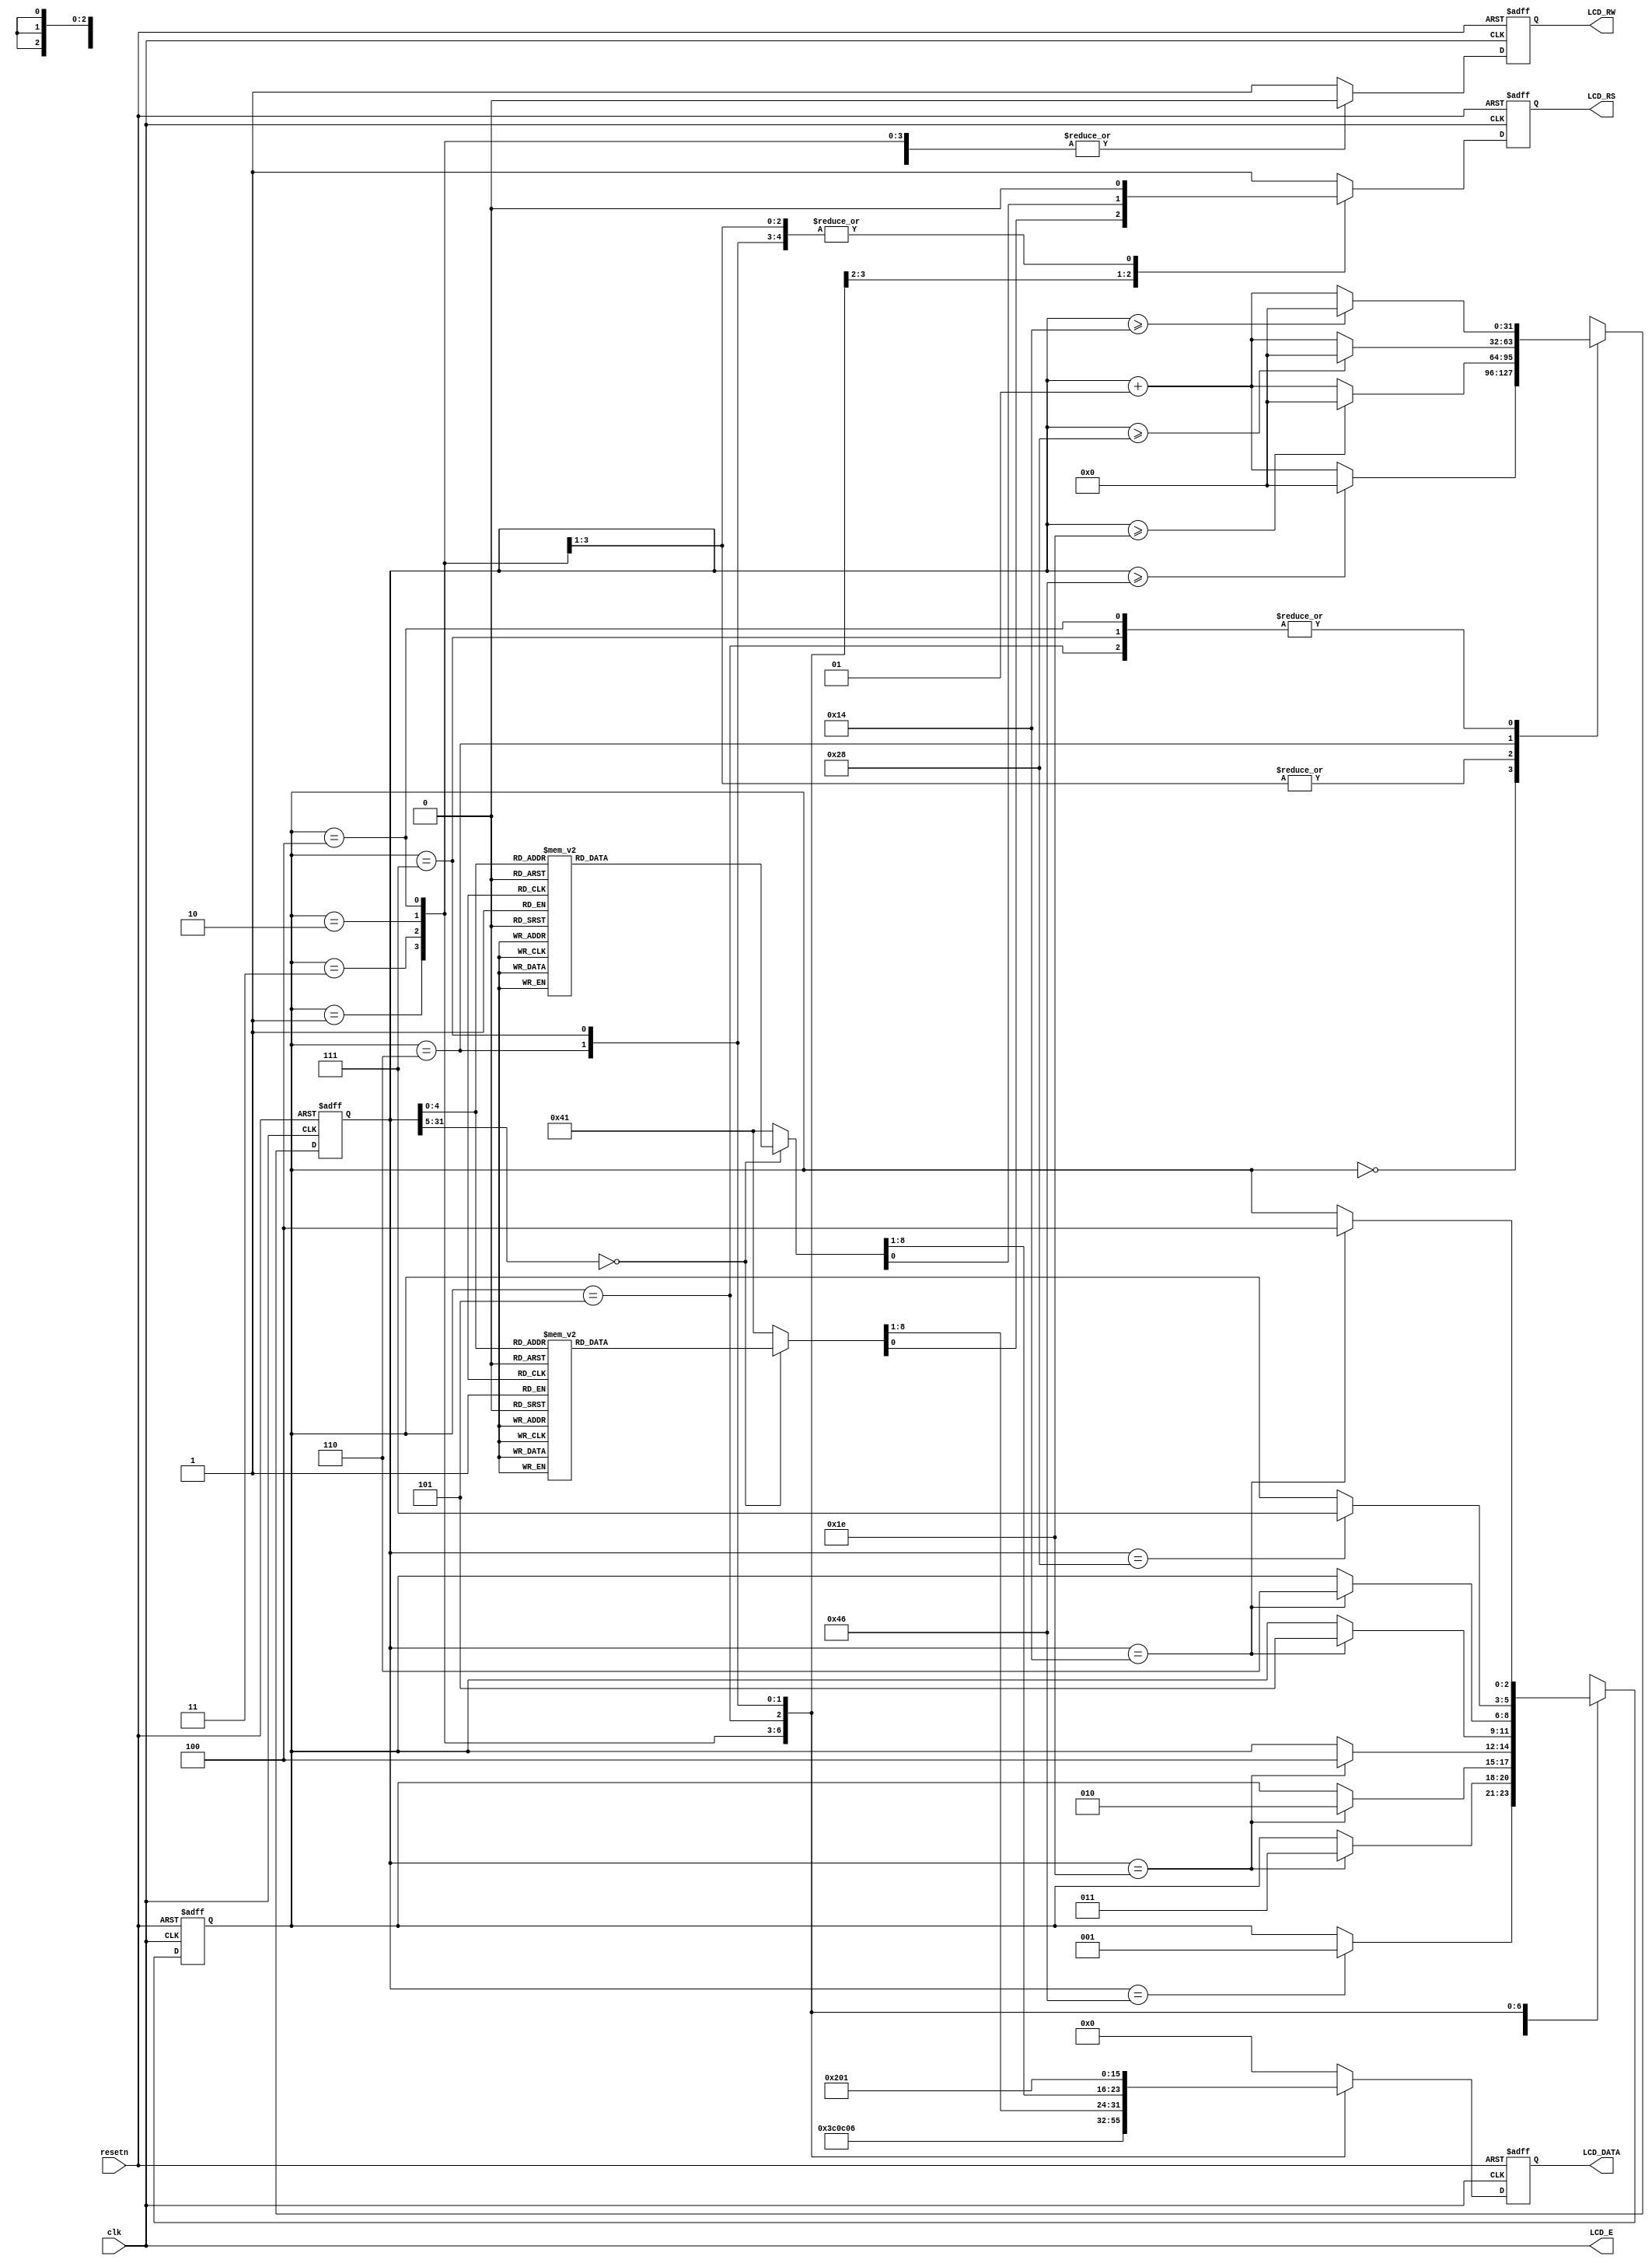
module textlcd2(resetn,clk,LCD_E,LCD_RS,LCD_RW,LCD_DATA);
//Rotating..
input resetn,clk;
output LCD_E,LCD_RS,LCD_RW;
output [7:0]LCD_DATA;

wire LCD_E;
reg LCD_RS,LCD_RW;
reg [7:0] LCD_DATA;
reg [2:0] state;

parameter   delay          =3'b000, 
            function_set   =3'b001,
            entry_mode     =3'b010,
            disp_onoff     =3'b011,
            line1          =3'b100,  
            line2          =3'b101,
            delay_t        =3'b110,
            clear_disp     =3'b111;

integer CNT;

always @(posedge resetn or posedge clk)
begin
   if(resetn) state = delay;
   else begin   
      case(state)
         delay:            if(CNT==70)    state = function_set;
         function_set:     if(CNT==30)    state = disp_onoff;
         disp_onoff:       if(CNT==30)    state = entry_mode;
         entry_mode:       if(CNT==30)    state = line1;
         line1:            if(CNT==20)    state = line2;
         line2:            if(CNT==20)    state = delay_t;
         delay_t:          if(CNT==40)   state = clear_disp;
         clear_disp:       if(CNT==20)   state = line1;
         default:                         state = delay;
      endcase
   end
end


always @(posedge resetn or posedge clk)
begin
   if(resetn) CNT=0;
   else
      begin   
         case(state)
            delay:          if(CNT>=70)CNT=0;
                           else CNT=CNT+1;
            function_set:    if(CNT>=30)CNT=0;
                           else CNT=CNT+1;
            disp_onoff:      if(CNT>=30)CNT=0;
                           else CNT=CNT+1;
            entry_mode:      if(CNT>=30)CNT=0;
                           else CNT=CNT+1;
            line1:         if(CNT>=20)CNT=0;
                           else CNT=CNT+1;
            line2:         if(CNT>=20)CNT=0;
                           else CNT=CNT+1;
            delay_t:         if(CNT>=40)CNT=0;
                           else CNT=CNT+1;
            clear_disp:    if(CNT>=20)CNT=0;
                           else CNT=CNT+1;
            default:         CNT=0;
         endcase
      end
end




always @(posedge resetn or posedge clk)
begin
   if(resetn) begin
      LCD_RS=1'b1;
      LCD_RW=1'b1;
      LCD_DATA=8'b00000000;
   end
   else
      begin   
         case(state)
            function_set:    begin
                              LCD_RS=1'b0;
                              LCD_RW=1'b0;
                              LCD_DATA=8'b00111100;
                           end
            disp_onoff:      begin
                              LCD_RS=1'b0;
                              LCD_RW=1'b0;
                              LCD_DATA=8'b00001100;
                           end
            entry_mode:      begin
                              LCD_RS=1'b0;
                              LCD_RW=1'b0;
                              LCD_DATA=8'b00000110;
                           end
            line1:         begin
                              LCD_RW=1'b0;
                              case(CNT)
                                 0:begin
                                    LCD_RS=1'b0;LCD_DATA=8'b10000000;//address
                                 end
                                 1:begin
                                    LCD_RS=1'b1;LCD_DATA=8'b01010010;//address
                                    //R
                                 end
                                 2:begin
                                    LCD_RS=1'b1;LCD_DATA=8'b01001111;//address
                                    //o
                                 end
                                 3:begin
                                    LCD_RS=1'b1;LCD_DATA=8'b01010100;//address
                                    //t
                                 end
                                 4:begin
                                    LCD_RS=1'b1;LCD_DATA=8'b01000001;//address
                                    //a
                                 end
                                 5:begin
                                    LCD_RS=1'b1;LCD_DATA=8'b01010100;//address
                                    //t
                                 end
                                 6:begin
                                    LCD_RS=1'b1;LCD_DATA=8'b01001001;//address
                                    //i
                                 end
                                 7:begin
                                    LCD_RS=1'b1;LCD_DATA=8'b01001110;//address
                                    //n
                                 end
                                 8:begin
                                    LCD_RS=1'b1; LCD_DATA=8'b01000111;
                                    //g
                                 end
                                 9:begin
                                    LCD_RS=1'b1; LCD_DATA=8'b00101110;
                                    //.
                                 end
                                 10:begin
                                    LCD_RS=1'b1;LCD_DATA=8'b00101110;
                                    //.
                                 end
                                 11:begin
                                    LCD_RS=1'b1;LCD_DATA=8'b00101110;
                                    //.
                                 end
                                 12:begin
                                    LCD_RS=1'b1;LCD_DATA=8'b00100000;
                                    //
                                 end
                                 13:begin
                                    LCD_RS=1'b1;LCD_DATA=8'b00100000;
                                    //
                                 end
                                 14:begin
                                    LCD_RS=1'b1;LCD_DATA=8'b00100000;
                                    //
                                 end
                                 15:begin
                                    LCD_RS=1'b1;LCD_DATA=8'b00100000;
                                    //
                                 end
                                 16:begin
                                    LCD_RS=1'b1;LCD_DATA=8'b00100000;
                                    //
                                 end
                                 default:begin
                                    LCD_RS=1'b1;LCD_DATA=8'b00100000;//
                                 end
                              endcase
                           end
            line2:         begin
                              LCD_RW=1'b0;
                              case(CNT)
                                 0:begin
                                    LCD_RS=1'b0;LCD_DATA=8'b11000000;//address
                                 end
                                 1:begin
                                    LCD_RS=1'b1;LCD_DATA=8'b01010000;//address
                                    //p
                                 end
                                 2:begin
                                    LCD_RS=1'b1;LCD_DATA=8'b01010010;//address
                                    //r
                                 end
                                 3:begin
                                    LCD_RS=1'b1;LCD_DATA=8'b01000101;//address
                                    //e
                                 end
                                 4:begin
                                    LCD_RS=1'b1;LCD_DATA=8'b01010011;//address
                                    //s
                                 end
                                 5:begin
                                    LCD_RS=1'b1;LCD_DATA=8'b01010011;//address
                                    //s
                                 end
                                 6:begin
                                    LCD_RS=1'b1;LCD_DATA=8'b00100000;//address
                                    //
                                 end
                                 7:begin
                                    LCD_RS=1'b1;LCD_DATA=8'b00110101;//address
                                    //5
                                 end
                                 8:begin
                                    LCD_RS=1'b1;LCD_DATA=8'b00100000;//address
                                    //
                                 end
                                 9:begin
                                    LCD_RS=1'b1;LCD_DATA=8'b00100000;//address
                                    //
                                 end
                                 10:begin
                                    LCD_RS=1'b1;LCD_DATA=8'b00100000;//address
                                    //
                                 end
                                 11:begin
                                    LCD_RS=1'b1;LCD_DATA=8'b00100000;
                                    //
                                 end
                                 12:begin
                                    LCD_RS=1'b1;LCD_DATA=8'b00100000;
                                    //
                                 end
                                 13:begin
                                    LCD_RS=1'b1;LCD_DATA=8'b00100000;
                                    // 
                                 end
                                 14:begin
                                    LCD_RS=1'b1;LCD_DATA=8'b00100000;
                                    // 
                                 end
                                 15:begin
                                    LCD_RS=1'b1;LCD_DATA=8'b00100000;
                                    // 
                                 end
                                 16:begin
                                    LCD_RS=1'b1;LCD_DATA=8'b00100000;
                                    // 
                                 end
                                 default:begin
                                    LCD_RS=1'b1;LCD_DATA=8'b00100000;//
                                 end
                              endcase
                           end
            delay_t:         begin
                              LCD_RS=1'b0;
                              LCD_RW=1'b0;
                              LCD_DATA=8'b00000010;
                           end
            clear_disp:    begin
                              LCD_RS=1'b0;
                              LCD_RW=1'b0;
                              LCD_DATA=8'b00000001;
                           end
            default:         begin
                              LCD_RS=1'b1;
                              LCD_RW=1'b1;
                              LCD_DATA=8'b00000000;
                           end
         endcase
      end
end

assign LCD_E=clk;

endmodule